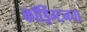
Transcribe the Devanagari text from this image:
कॉड्रिंग्टनचा